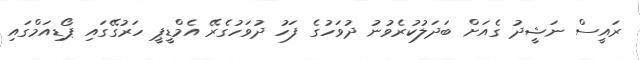
ރައީސް ނަޝީދު ގެއަށް ބަދަލުކުރެވުނު ދުވަހުގެ ފަހު ދުވަހުގެރޭ އެމްޑީޕީ ހަރުގޭގައި ޕޯޑިއަމްގައި